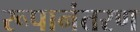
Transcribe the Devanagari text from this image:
रूपानंतरण